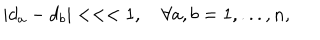
LaTeX: \left| d _ { a } - d _ { b } \right| < < < 1 , \quad \forall a , b = 1 , . . . , n ,